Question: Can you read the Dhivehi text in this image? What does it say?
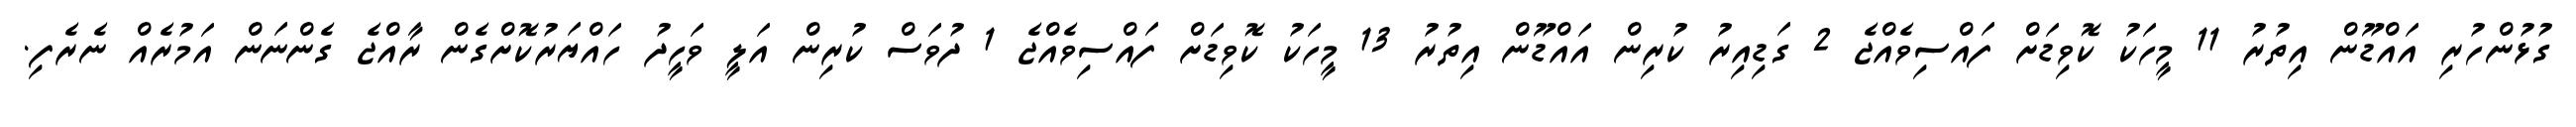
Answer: ގުޅުންހުރި އައްޑޫން އިތުރު 11 މީހަކު ކޮވިޑަށް ފައްސިވެއްޖެ 2 ގަޑިއިރު ކުރިން އައްޑޫން އިތުރު 13 މީހަކު ކޮވިޑަށް ފައްސިވެއްޖެ 1 ދުވަސް ކުރިން އަލީ ވަހީދު ހައްޔަރުކޮށްގެން ރާއްޖެ ގެންނަން އަމުރެއް ނެރެފި.